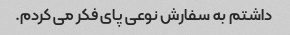
داشتم به سفارش نوعی پای فکر می کردم.